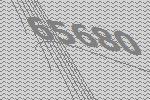
65680